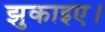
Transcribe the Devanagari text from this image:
झुकाइए।